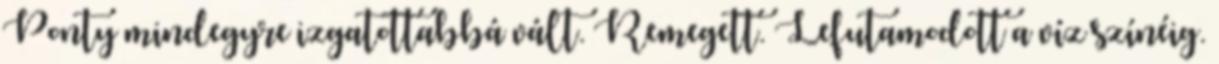
Ponty mindegyre izgatottabbá vált. Remegett. Lefutamodott a víz színéig.